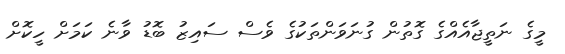
މީގެ ނަތީޖާއެއްގެ ގޮތުން ގުނަވަންތަކުގެ ވެސް ސައިޒު ބޮޑު ވާނެ ކަމަށް ހީކޮށް